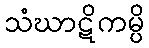
သံဃာဋိကမ္ပိ